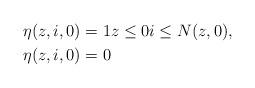
LaTeX: \begin{align*} & \eta(z,i,0) = 1 z \leq 0 i \leq N(z,0),\\ & \eta(z,i,0) = 0 \end{align*}